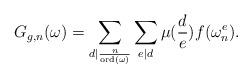
LaTeX: \begin{align*}G_{g,n}(\omega) = \sum_{d \mid \frac{n}{\mathrm{ord}(\omega)}} \sum_{e \mid d} \mu(\frac{d}{e})f(\omega_n^e).\end{align*}